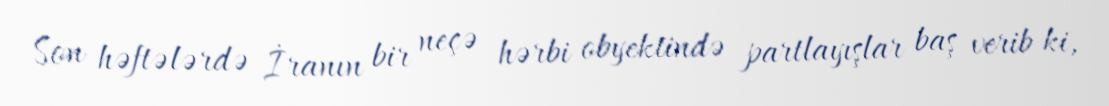
Son həftələrdə İranın bir neçə hərbi obyektində partlayışlar baş verib ki,